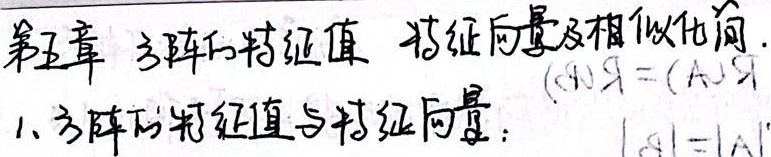
第五章 方阵的特征值 特征向量及相似化简
1. 方阵的特征值与特征向量：\((\lambda I) \alpha=(A) \alpha\)，\(\vert A\vert=\vert A^T\vert\)